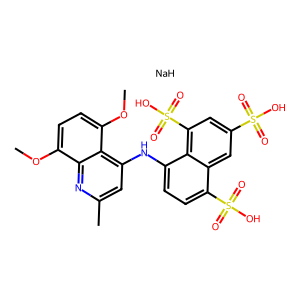
SMILES: COc1ccc(OC)c2c(Nc3ccc(S(=O)(=O)O)c4cc(S(=O)(=O)O)cc(S(=O)(=O)O)c34)cc(C)nc12.[NaH]
Inhibits HIV replication: No